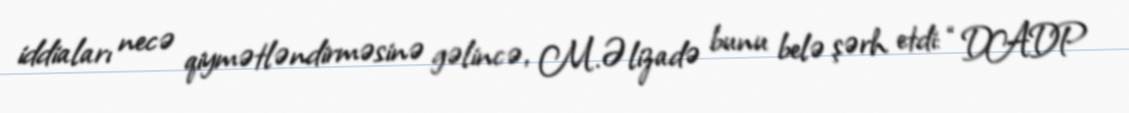
iddiaları necə qiymətləndirməsinə gəlincə, M.Əlizadə bunu belə şərh etdi: “DADP